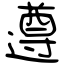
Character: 遵